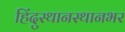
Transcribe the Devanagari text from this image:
हिंदुस्थानस्थानभर